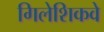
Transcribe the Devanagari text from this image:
गिलेशिकवे